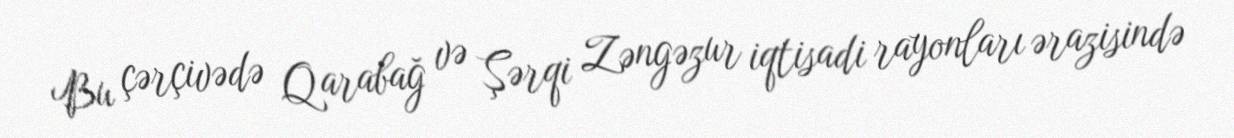
Bu çərçivədə Qarabağ və Şərqi Zəngəzur iqtisadi rayonları ərazisində